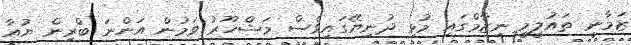
ޒަމާނީ ތައުލީމީ ނިޒާމްގައި މުޅި ދުނިޔޭގައިވެސް މަޝްހޫރު ވަމުން އަންނަ ބްރިން ޔުއާ